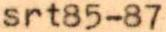
srt85-87